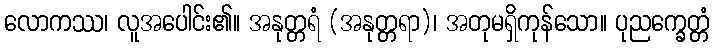
လောကဿ၊ လူအပေါင်း၏။ အနုတ္တရံ (အနုတ္တရာ)၊ အတုမရှိကုန်သော။ ပုညက္ခေတ္တံ